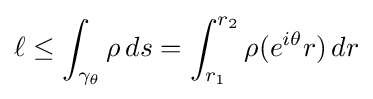
\ell \leq \int _{\gamma _{\theta }}\rho \,ds=\int _{r_{1}}^{r_{2}}\rho (e^{i\theta }r)\,dr